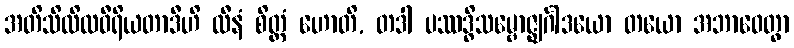
အတိသိထိလဝီရိယတာဒီဟိ လီနံ စိတ္တံ ဟောတိ, တဒါ ပဿဒ္ဓိသမ္ဗောဇ္ဈင်္ဂါဒယော တယော အဘာဝေတွာ